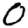
Digit: 0